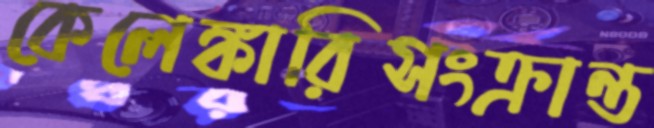
কেলেঙ্কারিসংক্রান্ত